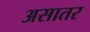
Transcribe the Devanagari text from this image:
असातर